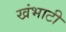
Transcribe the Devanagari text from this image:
खंभाटी